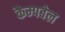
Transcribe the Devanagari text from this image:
कैम्‍पबेल